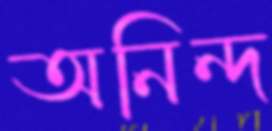
অনিন্দ